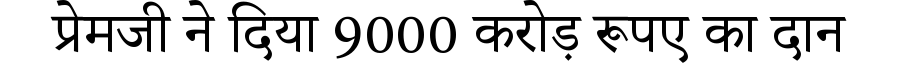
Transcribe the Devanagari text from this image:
प्रेमजी ने दिया 9000 करोड़ रूपए का दान